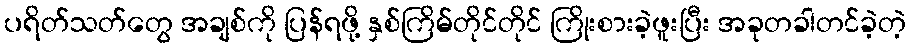
ပရိတ်သတ်တွေ အချစ်ကို ပြန်ရဖို့ နှစ်ကြိမ်တိုင်တိုင် ကြိုးစားခဲ့ဖူးပြီး အခုတခါတင်ခဲ့တဲ့